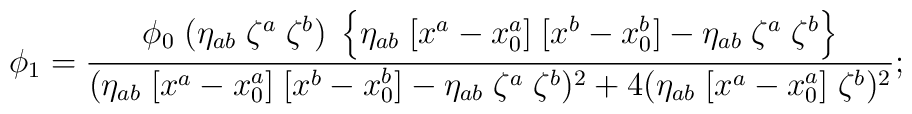
\phi_1 = {\phi_0 \; (\eta_{ab} \; \zeta^a \; \zeta^b) \;\left\{\eta_{ab} \;[x^a-x_0^a] \; [x^b-x_0^b] - \eta_{ab} \; \zeta^a \; \zeta^b \right\}\over(\eta_{ab} \;[x^a-x_0^a] \; [x^b-x_0^b] - \eta_{ab} \; \zeta^a \; \zeta^b  )^2 +4 (\eta_{ab} \;[x^a-x_0^a] \; \zeta^b)^2};